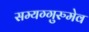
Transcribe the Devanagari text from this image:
सम्यग्गुरुमेव